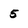
Character: 5